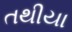
તથીયા